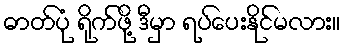
ဓာတ်ပုံ ရိုက်ဖို့ ဒီမှာ ရပ်ပေးနိုင်မလား။